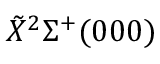
\tilde { X } { } ^ { 2 } \Sigma ^ { + } ( 0 0 0 )